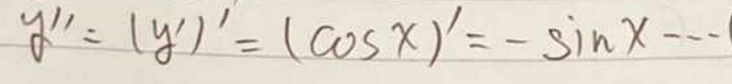
\[
y^{\prime\prime}=(y^{\prime})^{\prime}=(\cos x)^{\prime}=-\sin x
\]